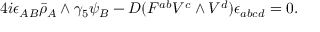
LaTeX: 4 i \epsilon _ { A B } \bar { \rho } _ { A } \wedge \gamma _ { 5 } \psi _ { B } - { \cal D } ( F ^ { a b } V ^ { c } \wedge V ^ { d } ) \epsilon _ { a b c d } = 0 .